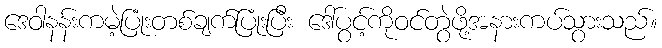
ဒေဝါနန်းကမဲ့ပြုံးတစ်ချက်ပြုံးပြီး ဒေါ်ပွင့်ကိုဝင်တွဲဖို့အနားကပ်သွားသည်။